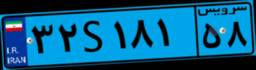
۳۲S۱۸۱۵۸